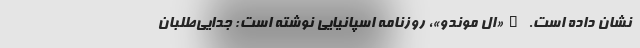
نشان داده است. _«ال موندو»، روزنامه اسپانیایی نوشته است: جدایی‌طلبان